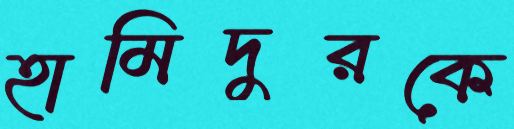
হামিদুরকে